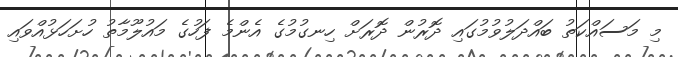
މި މަސައްކަތު ބައްދަލުވުމުގައި ދޮރުން ދޮރަށް ހިނގުމުގެ އެންމެ ފަހުގެ މައުލޫމާތު ހުށަހަޅުއްވައި